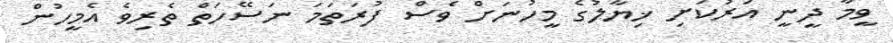
ވީމާ ދީނީ އަރުކަށި ޚިޔާލުގެ މީހުނަށް ވެސް ފުރަތަމަ ނަސޭހަތް ތެރިވެ އެމީހުން